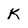
Character: K